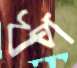
খপ